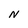
Character: N